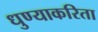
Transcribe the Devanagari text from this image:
धुण्याकरिता